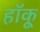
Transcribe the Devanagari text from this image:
हॉकू